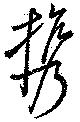
携